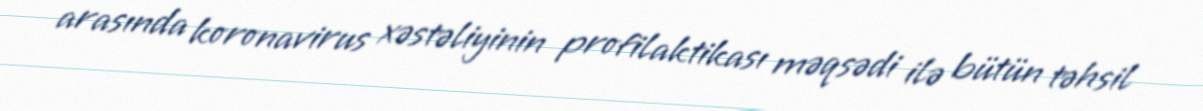
arasında koronavirus xəstəliyinin profilaktikası məqsədi ilə bütün təhsil